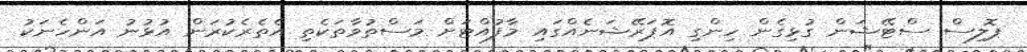
ޕޮލިސް ސްޓޭޝަން ގުޅިގެން ހިންގި އޮޕަރޭޝަނެއްގައި މާފުއްޓަށް މަސްތުވާތަކެތި އެތެރެކުރަން އުޅުނު އަންހެނަކު